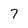
Character: 7